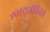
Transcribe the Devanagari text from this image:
एक्स्ट्राऑर्डिनेरी